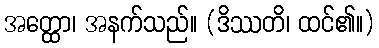
အတ္ထော၊ အနက်သည်။ (ဒိဿတိ၊ ထင်၏။)